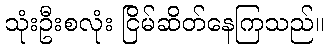
သုံးဦးစလုံး ငြိမ်ဆိတ်နေကြသည်။